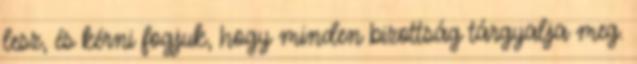
lesz, és kérni fogjuk, hogy minden bizottság tárgyalja meg.